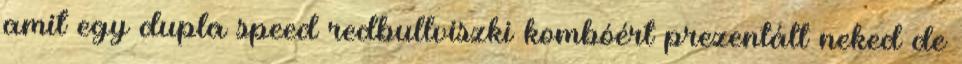
amit egy dupla speed redbullviszki kombóért prezentált neked de